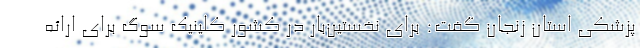
پزشکی استان زنجان گفت: برای نخستین‌بار در کشور کلینیک سوگ برای ارائه